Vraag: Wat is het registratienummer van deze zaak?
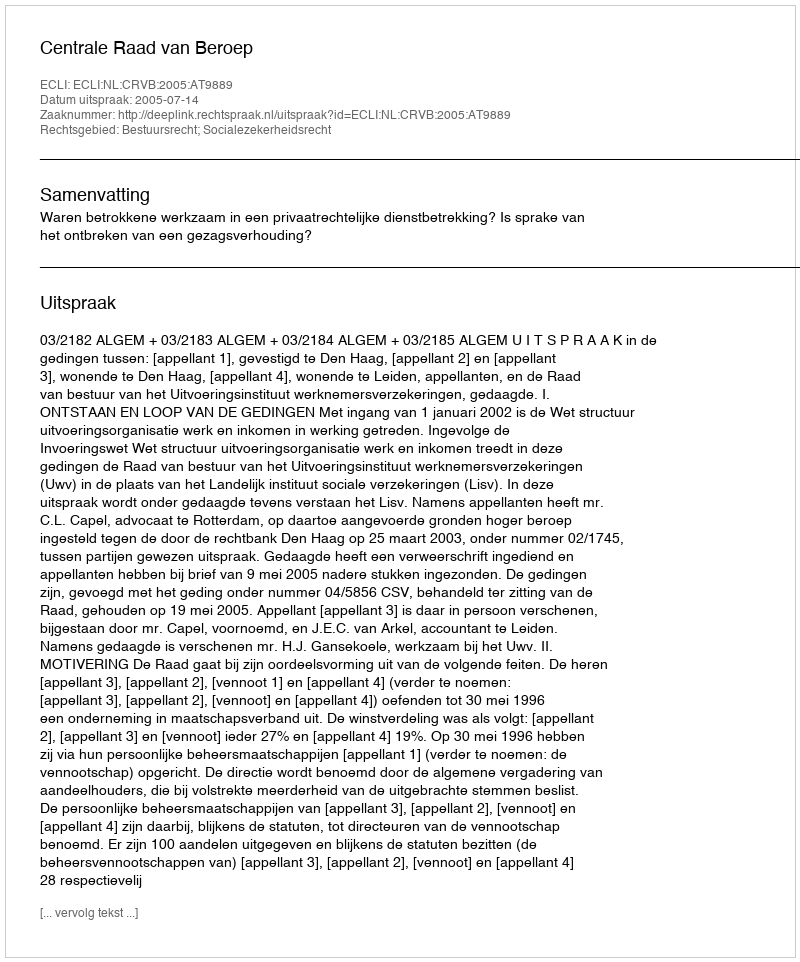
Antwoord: http://deeplink.rechtspraak.nl/uitspraak?id=ECLI:NL:CRVB:2005:AT9889